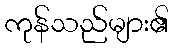
ကုန်သည်များ၏